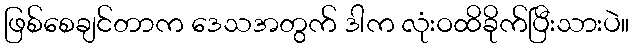
ဖြစ်စေချင်တာက ဒေသအတွက် ဒါက လုံးဝထိခိုက်ပြီးသားပဲ။